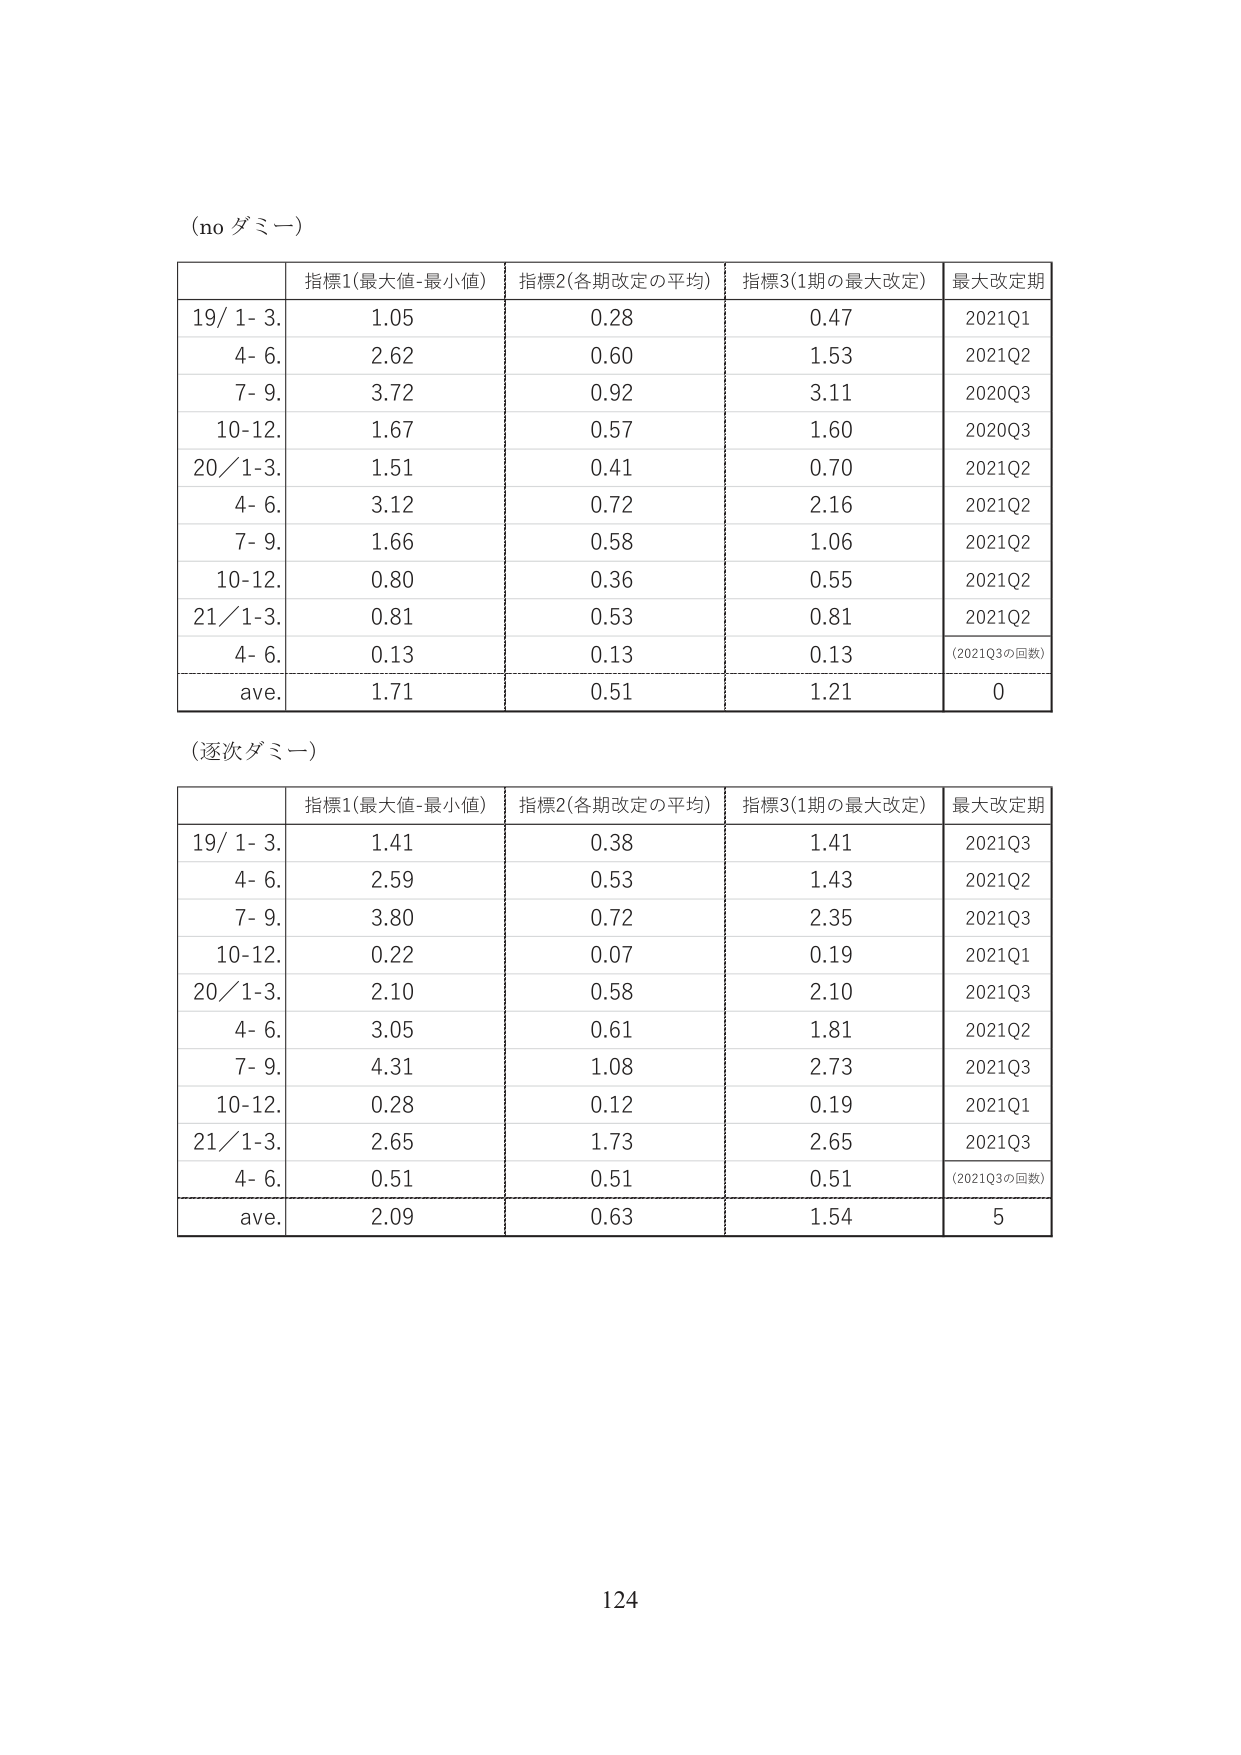
(no ダミー)

| | 指標1(最大値-最小値) | 指標2(各期改定の平均) | 指標3(1期の最大改定) | 最大改定期 |
|---|---|---|---|---|
| 19/ 1- 3. | 1.05 | 0.28 | 0.47 | 2021Q1 |
| 4- 6. | 2.62 | 0.60 | 1.53 | 2021Q2 |
| 7- 9. | 3.72 | 0.92 | 3.11 | 2020Q3 |
| 10-12. | 1.67 | 0.57 | 1.60 | 2020Q3 |
| 20/ 1-3. | 1.51 | 0.41 | 0.70 | 2021Q2 |
| 4- 6. | 3.12 | 0.72 | 2.16 | 2021Q2 |
| 7- 9. | 1.66 | 0.58 | 1.06 | 2021Q2 |
| 10-12. | 0.80 | 0.36 | 0.55 | 2021Q2 |
| 21/ 1-3. | 0.81 | 0.53 | 0.81 | 2021Q2 |
| 4- 6. | 0.13 | 0.13 | 0.13 | (2021Q3の回数) |
| ave. | 1.71 | 0.51 | 1.21 | 0 |

(逐次ダミー)

| | 指標1(最大値-最小値) | 指標2(各期改定の平均) | 指標3(1期の最大改定) | 最大改定期 |
|---|---|---|---|---|
| 19/ 1- 3. | 1.41 | 0.38 | 1.41 | 2021Q3 |
| 4- 6. | 2.59 | 0.53 | 1.43 | 2021Q2 |
| 7- 9. | 3.80 | 0.72 | 2.35 | 2021Q3 |
| 10-12. | 0.22 | 0.07 | 0.19 | 2021Q1 |
| 20/ 1-3. | 2.10 | 0.58 | 2.10 | 2021Q3 |
| 4- 6. | 3.05 | 0.61 | 1.81 | 2021Q2 |
| 7- 9. | 4.31 | 1.08 | 2.73 | 2021Q3 |
| 10-12. | 0.28 | 0.12 | 0.19 | 2021Q1 |
| 21/ 1-3. | 2.65 | 1.73 | 2.65 | 2021Q3 |
| 4- 6. | 0.51 | 0.51 | 0.51 | (2021Q3の回数) |
| ave. | 2.09 | 0.63 | 1.54 | 5 |

124